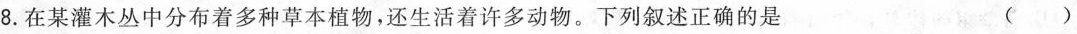
8.在某灌木丛中分布着多种草本植物，还生活着许多动物。下列叙述正确的是 ()